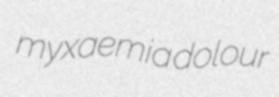
myxaemia dolour